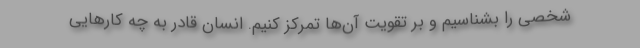
شخصی را بشناسیم و بر تقویت آن‌ها تمرکز کنیم. انسان قادر به چه کارهایی